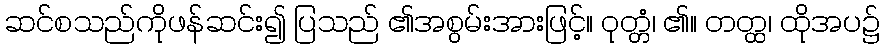
ဆင်စသည်ကိုဖန်ဆင်း၍ ပြသည် ၏အစွမ်းအားဖြင့်။ ဝုတ္တံ၊ ၏။ တတ္ထ၊ ထိုအပ၌